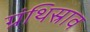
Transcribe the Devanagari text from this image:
ग्रंथिस्राव